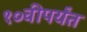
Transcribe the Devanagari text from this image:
१०वीपर्यंत